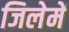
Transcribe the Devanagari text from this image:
जिलेमें